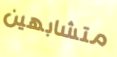
متشابهين